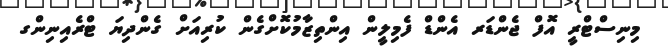
މިނިސްޓްރީ އޮފް ޖެންޑަރ އެންޑް ފެމިލީން އިންތިޒާމުކޮށްގެން ކުރިއަށް ގެންދިޔަ ޓްރެއިނިންގ